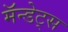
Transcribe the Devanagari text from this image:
मॅन्डेट्स